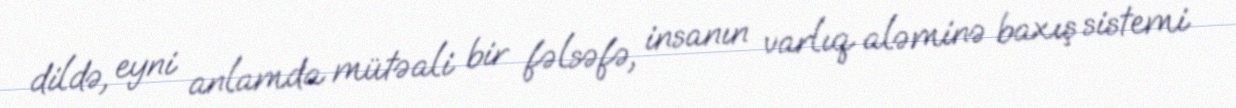
dildə, eyni anlamda mütəali bir fəlsəfə, insanın varlıq aləminə baxış sistemi